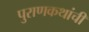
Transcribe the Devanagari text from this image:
पुराणकथांची